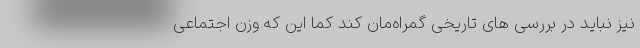
نیز نباید در بررسی های تاریخی گمراه‌مان کند کما این که وزن اجتماعی